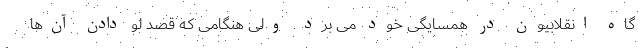
گاه انقلابیون در همسایگی خود می‌ برد. ولی هنگامی که قصد لو دادن آن‌ها